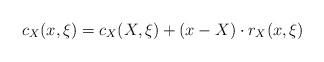
LaTeX: \begin{align*}c_X(x,\xi) = c_X(X,\xi) + (x-X) \cdot r_X(x,\xi)\end{align*}